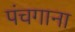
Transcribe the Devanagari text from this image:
पंचगाना